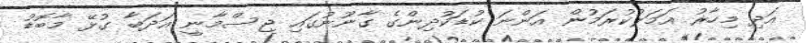
އަދި މިހާރު އަމަލުކުރަމުން އަންނަ ކުޑަކުދިންގެ ގާނޫނުގައި ޖިސްމާނީ އަދަބާ ގުޅޭ މާބޮޑު